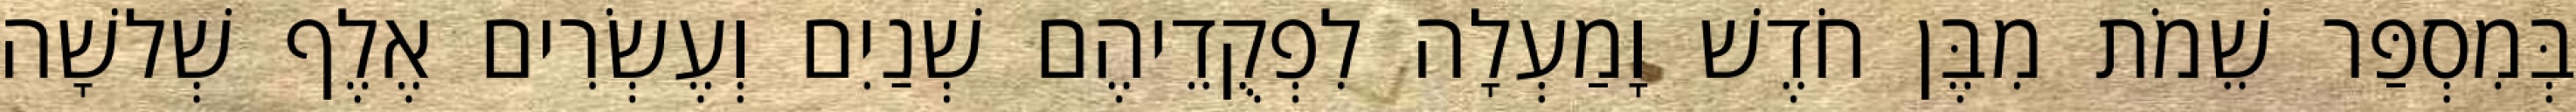
בְּמִסְפַּר שֵׁמֹת מִבֶּן חֹדֶשׁ וָמַעְלָה לִפְקֻדֵיהֶם שְׁנַיִם וְעֶשְׂרִים אֶלֶף שְׁלשָׁה